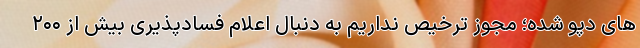
های دپو شده؛ مجوز ترخیص نداریم به دنبال اعلام فسادپذیری بیش از ۲۰۰